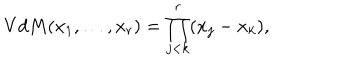
LaTeX: V d M ( x _ { 1 } , \ldots , x _ { r } ) = \prod _ { j < k } ^ { r } ( x _ { j } - x _ { k } ) ,